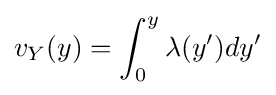
v_{Y}(y)=\int _{0}^{y}{\lambda (y')dy'}